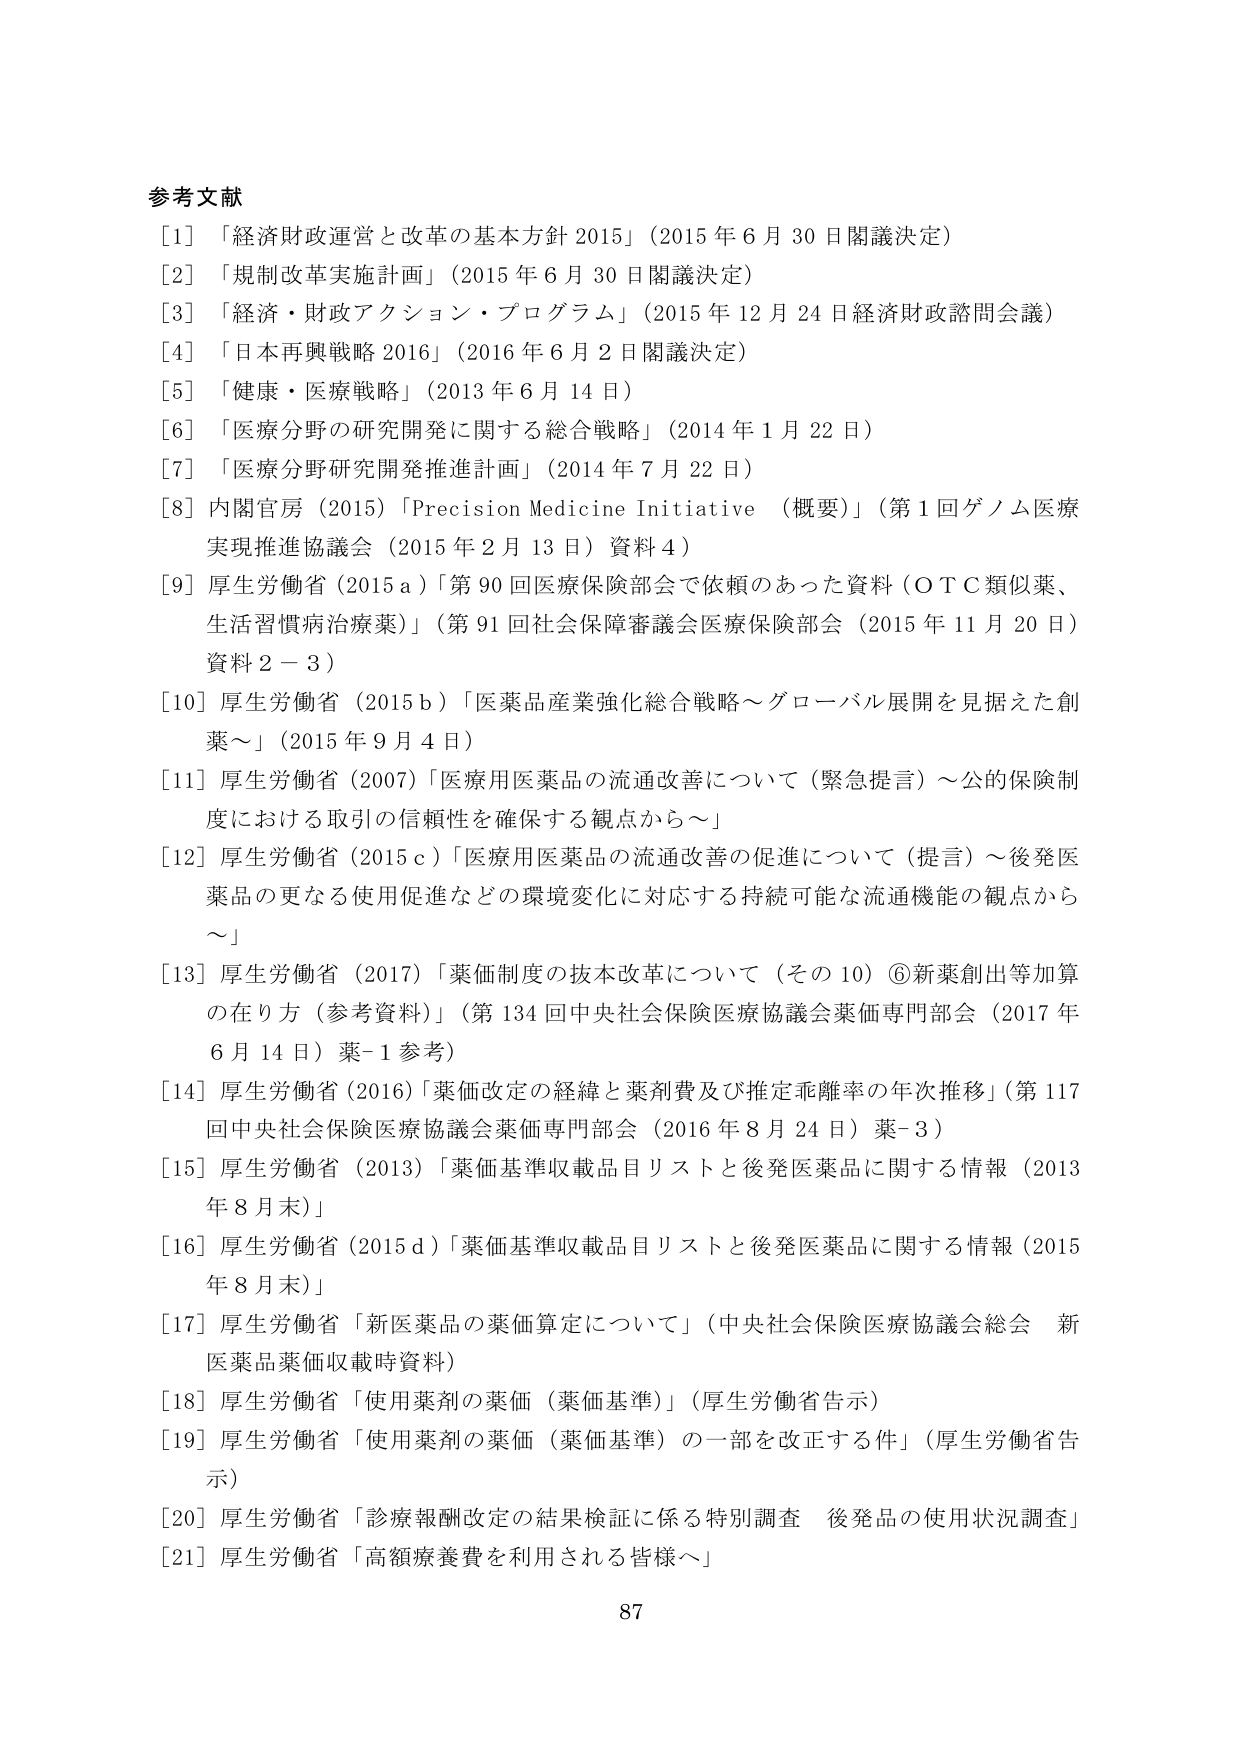
参考文献
[1] 「経済財政運営と改革の基本方針 2015」（2015 年 6 月 30 日閣議決定）
[2] 「規制改革実施計画」（2015 年 6 月 30 日閣議決定）
[3] 「経済・財政アクション・プログラム」（2015 年 12 月 24 日経済財政諮問会議）
[4] 「日本再興戦略 2016」（2016 年 6 月 2 日閣議決定）
[5] 「健康・医療戦略」（2013 年 6 月 14 日）
[6] 「医療分野の研究開発に関する総合戦略」（2014 年 1 月 22 日）
[7] 「医療分野研究開発推進計画」（2014 年 7 月 22 日）
[8] 内閣官房（2015）「Precision Medicine Initiative （概要）」（第 1 回ゲノム医療実現推進協議会（2015 年 2 月 13 日）資料 4）
[9] 厚生労働省（2015 a）「第 90 回医療保険部会で依頼のあった資料（ＯＴＣ類似薬、生活習慣病治療薬）」（第 91 回社会保障審議会医療保険部会（2015 年 11 月 20 日）資料 2－3）
[10] 厚生労働省（2015 b）「医薬品産業強化総合戦略～グローバル展開を見据えた創薬～」（2015 年 9 月 4 日）
[11] 厚生労働省（2007）「医療用医薬品の流通改善について（緊急提言）～公的保険制度における取引の信頼性を確保する観点から～」
[12] 厚生労働省（2015 c）「医療用医薬品の流通改善の促進について（提言）～後発医薬品の更なる使用促進などの環境変化に対応する持続可能な流通機能の観点から～」
[13] 厚生労働省（2017）「薬価制度の抜本改革について（その 10）⑥新薬創出等加算の在り方（参考資料）」（第 134 回中央社会保険医療協議会薬価専門部会（2017 年 6 月 14 日）薬-1 参考）
[14] 厚生労働省（2016）「薬価改定の経緯と薬剤費及び推定乖離率の年次推移」（第 117 回中央社会保険医療協議会薬価専門部会（2016 年 8 月 24 日）薬-3）
[15] 厚生労働省（2013）「薬価基準収載品目リストと後発医薬品に関する情報（2013 年 8 月末）」
[16] 厚生労働省（2015 d）「薬価基準収載品目リストと後発医薬品に関する情報（2015 年 8 月末）」
[17] 厚生労働省「新医薬品の薬価算定について」（中央社会保険医療協議会総会 新医薬品薬価収載時資料）
[18] 厚生労働省「使用薬剤の薬価（薬価基準）」（厚生労働省告示）
[19] 厚生労働省「使用薬剤の薬価（薬価基準）の一部を改正する件」（厚生労働省告示）
[20] 厚生労働省「診療報酬改定の結果検証に係る特別調査 後発品の使用状況調査」
[21] 厚生労働省「高額療養費を利用される皆様へ」
87